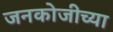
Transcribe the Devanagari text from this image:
जनकोजीच्या